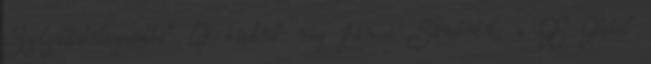
Szolgáltatóközpontba” – tudtuk meg Jánosi Sándortól, a GE Global